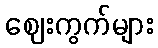
ဈေးကွက်များ